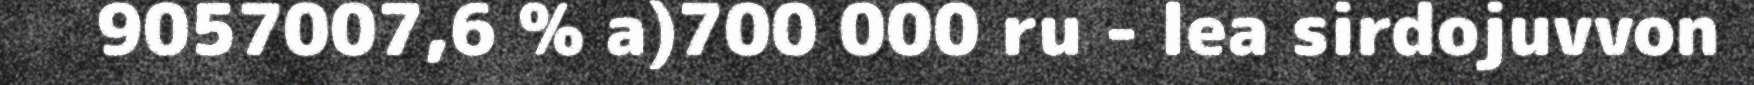
9057007,6 % a)700 000 ru - lea sirdojuvvon